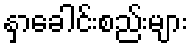
နှာခေါင်းစည်းများ